Leprosy in India: report of the Leprosy Commission in India, 1890-91
Year: 1890
Disease focus: Leprosy
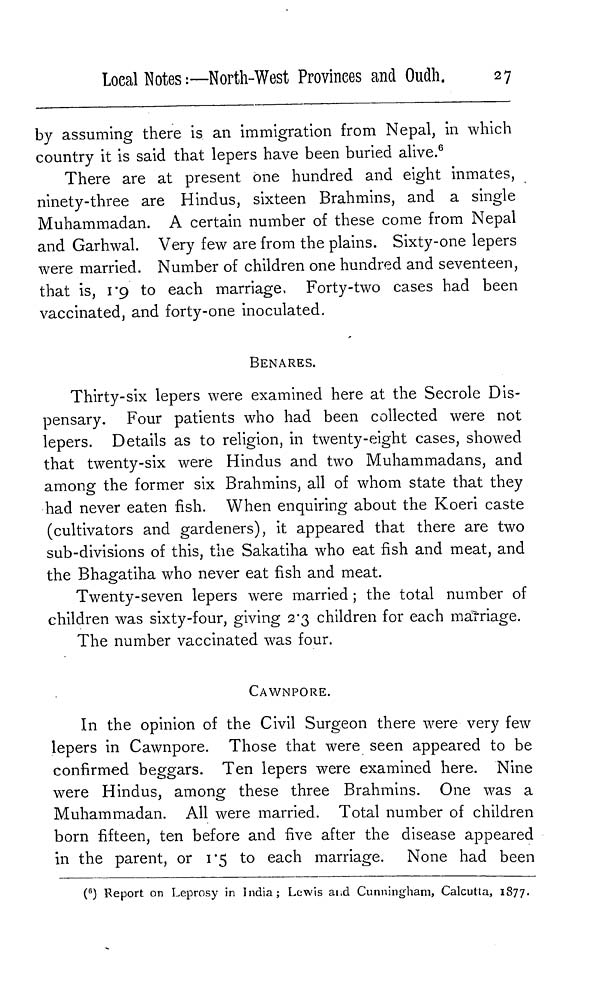
Local Notes :—North-West Provinces and Oudli.
27
by assuming there is an immigration from Nepal, in which
country it is said that lepers have been buried alive. 6
There are at present one hundred and eight inmates,
ninety-three are Hindus, sixteen Brahmins, and a single
Muhammadan. A certain number of these come from Nepal
and Garhwal. Very few are from the plains. Sixty-one lepers
were married. Number of children one hundred and seventeen,
that is, 1.9 to each marriage, Forty-two cases had been
vaccinated, and forty-one inoculated.
BENARES.
Thirty-six lepers were examined here at the Secrole Dis-
pensary. Four patients who had been collected were not
lepers. Details as to religion, in twenty-eight cases, showed
that twenty-six were Hindus and two Muhammadans, and
among the former six Brahmins, all of whom state that they
had never eaten fish. When enquiring about the Koeri caste
(cultivators and gardeners), it appeared that there are two
sub-divisions of this, the Sakatiha who eat fish and meat, and
the Bhagatiha who never eat fish and meat.
Twenty-seven lepers were married ; the total number of
children was sixty-four, giving 2.3 children for each marriage.
The number vaccinated was four.
CAWNPORE.
In the opinion of the Civil Surgeon there were very few
lepers in Cawnpore. Those that were seen appeared to be
confirmed beggars. Ten lepers were examined here. Nine
were Hindus, among these three Brahmins. One was a
Muhammadan. All were married. Total number of children
born fifteen, ten before and five after the disease appeared
in the parent, or
5 to each marriage. None had been
( 6 ) Report on Leprosy in India; Lewis and Cunningham, Calcutta, 1877.